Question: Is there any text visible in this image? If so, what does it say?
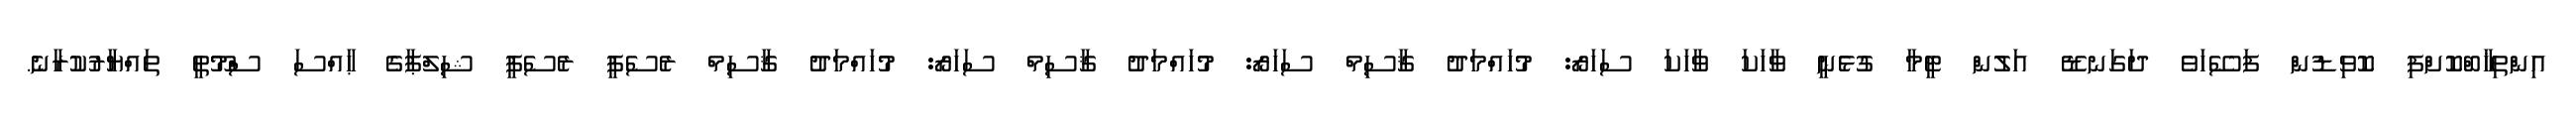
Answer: އިންތިޚާބްކޮށްފި ކޮވިޑުން ފަސޭހަވެ ދަގަނޑޭ އަލުން ޓީމާ ގުޅެނީ ވާހަކަ ވާހަކަ ސަހަރޯ: މުހައްމަދު ޤާސިމް ސަހަރޯ: މުހައްމަދު ޤާސިމް ސަހަރޯ: މުހައްމަދު ޤާސިމް ރެސެޕީ ރެސެޕީ ޝިލްޕާގެ ޙާއްސަ ސްމޫތީ ތައްޔާރުކުރާނެ.